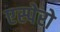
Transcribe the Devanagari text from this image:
एस्पेरो